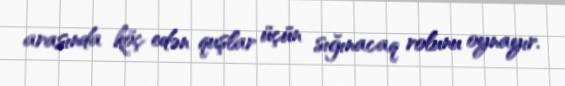
arasında köç edən quşlar üçün sığınacaq rolunu oynayır.